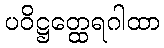
ပဝိဋ္ဌတ္ထေရဂါထာ